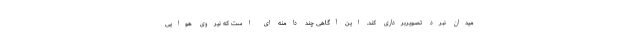
میدان نبرد تصویربرداری کند. این آگاهی چند دامنه ای است که نیروی هوایی